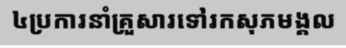
៤ប្រការនាំគ្រួសារទៅរកសុភមង្គល